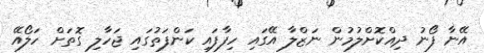
އޭނާ ފޯނު ދިއްކޮށްލުމުން ނަޒްލާ އޭގައި ހިފާފައި ކަންފަތުގައި ޖަހާލި ގޮތަށް ހަލޯއޭ